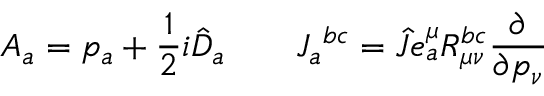
A _ { a } = p _ { a } + \frac { 1 } { 2 } i \hat { D } _ { a } \qquad J _ { a } ^ { ~ b c } = \hat { J } e _ { a } ^ { \mu } R _ { \mu \nu } ^ { b c } \frac { \partial } { \partial p _ { \nu } }